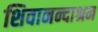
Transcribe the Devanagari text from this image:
शिवानन्दाश्रम